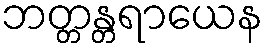
ဘတ္တန္တရာယေန